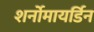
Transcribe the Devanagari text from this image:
शर्नोमायर्डिन